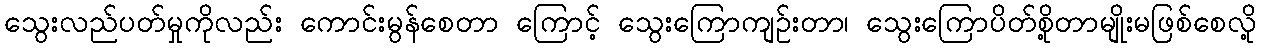
သွေးလည်ပတ်မှုကိုလည်း ကောင်းမွန်စေတာ ကြောင့် သွေးကြောကျဉ်းတာ၊ သွေးကြောပိတ်စို့တာမျိုးမဖြစ်စေလို့